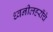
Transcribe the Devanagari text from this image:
ध्वनीलहरींचे